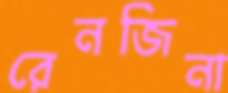
রেনজিনা